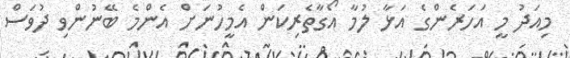
މިއަދު މީ އަހަރެންގެ އަޅާ ލުމާ އޯގާތެރިކަން އެމީހުނަށް އެންމެ ބޭނުންވި ދުވަސް